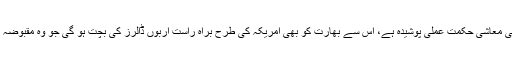
اسی طرح کشمیر کے مسئلہ پر ثالثی کے پیچھے بھی یہی معاشی حکمت عملی پوشیدہ ہے، اس سے بھارت کو بھی امریکہ کی طرح براہ راست اربوں ڈالرز کی بچت ہو گی جو وہ مقبوضہ کشمیر میں متعین اپنی آٹھ لاکھ فوج پر خرچ کر رہا ہے۔